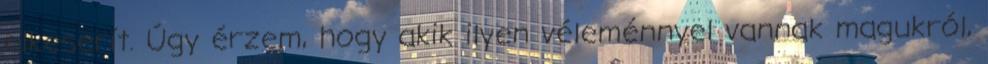
elkeserít. Úgy érzem, hogy akik ilyen véleménnyel vannak magukról,